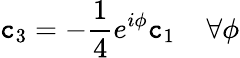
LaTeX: \mathtt{c}_{3}=-\frac{{1}}{{4}}e^{i\phi}\mathtt{c}_{1}\; \; \; \; \forall\phi